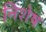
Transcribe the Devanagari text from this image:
निशेष